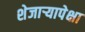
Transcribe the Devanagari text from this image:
शेजाऱ्यापेक्षा